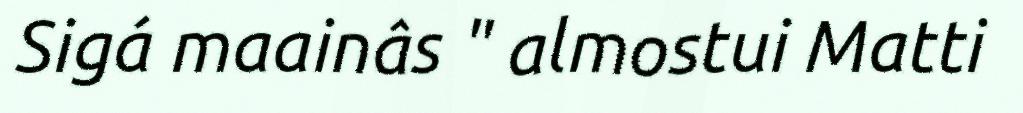
Sigá maainâs " almostui Matti